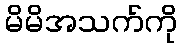
မိမိအသက်ကို